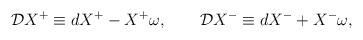
LaTeX: \begin{align*}{\cal D} X^{+} \equiv dX^{+} - X^{+} \omega , \qquad {\cal D} X^{-} \equiv dX^{-} + X^{-} \omega ,\end{align*}